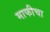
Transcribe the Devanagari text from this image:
माफीचा